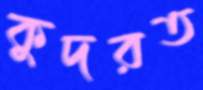
কুদরত